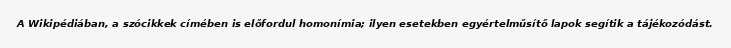
A Wikipédiában, a szócikkek címében is előfordul homonímia; ilyen esetekben egyértelműsítő lapok segítik a tájékozódást.